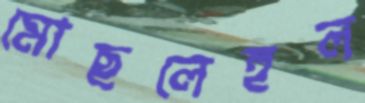
মোছলেহুল